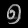
Digit: ၅